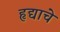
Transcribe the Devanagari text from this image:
हृद्याचे